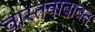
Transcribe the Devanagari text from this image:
वास्तवाबाबत